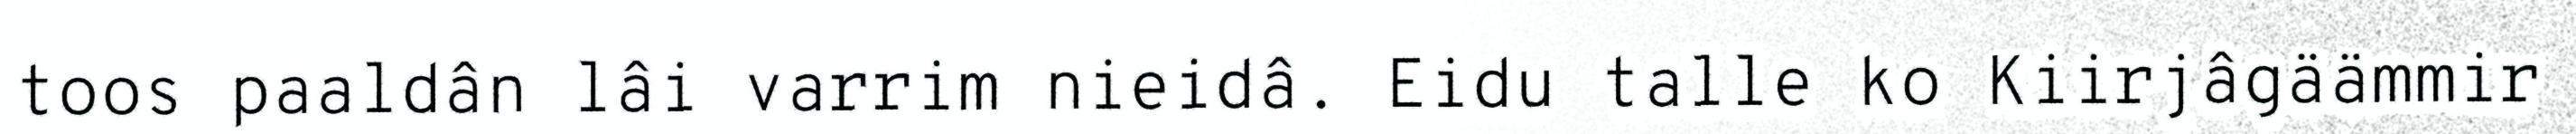
toos paaldân lâi varrim nieidâ. Eidu talle ko Kiirjâgäämmir